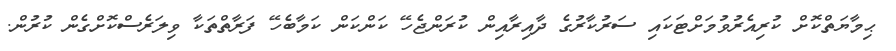
ޙިމާޔަތްކޮށް ކުރިއެރުވުމަށްޓަކައި ސަރުކާރުގެ ދާއިރާއިން ކުރަންޖެހޭ ކަންކަން ކަމާބެހޭ ފަރާތްތަކާ ވިލަރެސްކޮށްގެން ކުރުން.